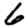
Digit: 6